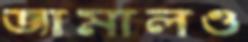
জামালও